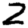
Digit: 2